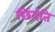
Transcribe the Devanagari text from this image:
छिंदंति